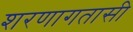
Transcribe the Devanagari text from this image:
शरणागतासी